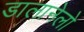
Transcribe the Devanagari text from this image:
डालानेलो